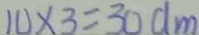
1 0 \times 3 = 3 0 d m